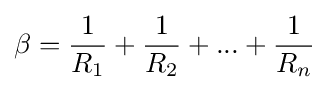
\beta ={\frac {1}{R_{1}}}+{\frac {1}{R_{2}}}+...+{\frac {1}{R_{n}}}